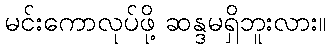
မင်းကောလုပ်ဖို့ ဆန္ဒမရှိဘူးလား။